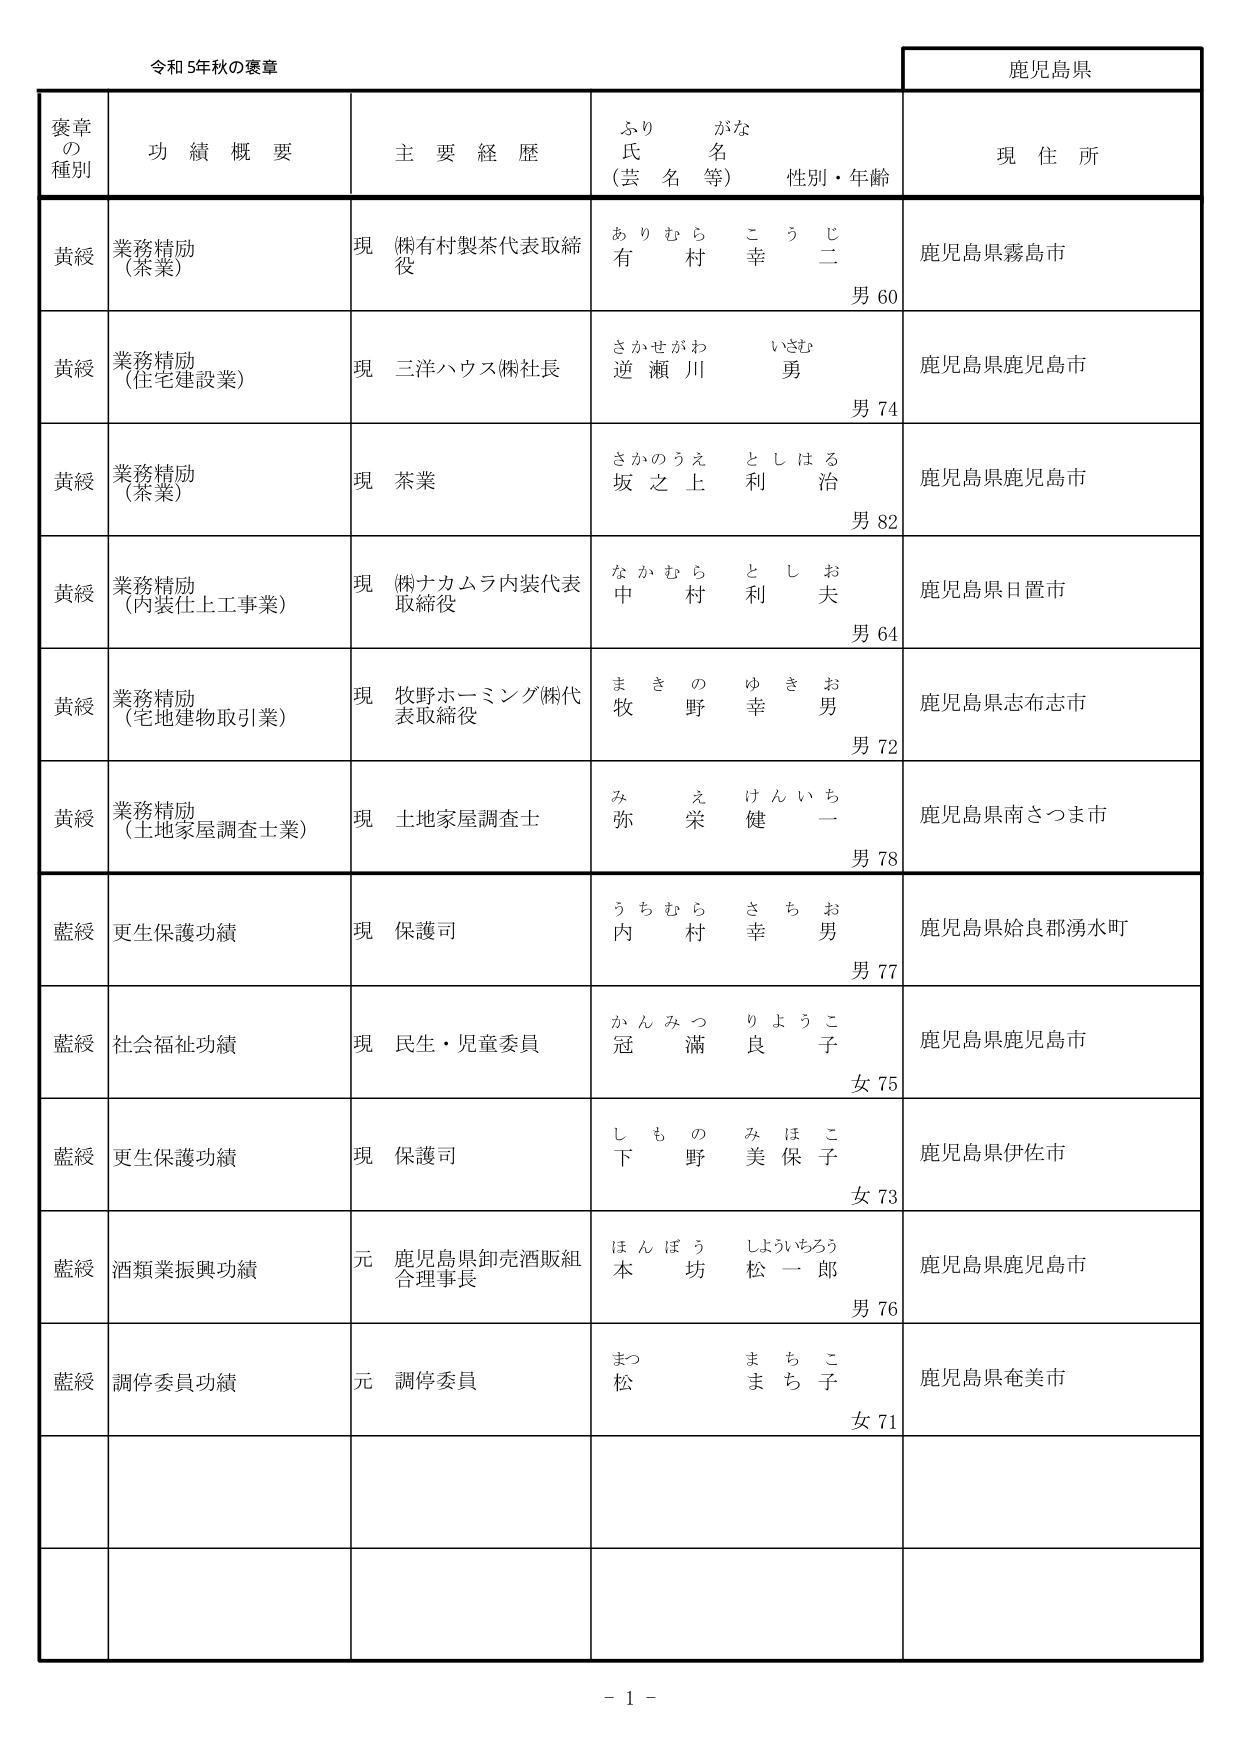
令和5年秋の褒章
鹿児島県
褒章の種別
功績概要
主要経歴
ふりがな
氏名等
性別・年齢
現住所
黄綬
業務精励（茶業）
現 ㈱有村製茶代表取締役
ありむら こうじ
有村 幸二
男 60
鹿児島県霧島市
黄綬
業務精励（住宅建設業）
現 三洋ハウス㈱社長
さかせがわ いさむ
逆瀬川 勇
男 74
鹿児島県鹿児島市
黄綬
業務精励（茶業）
現 茶業
さかのうえ としはる
坂之上 利治
男 82
鹿児島県鹿児島市
黄綬
業務精励（内装仕上工事業）
現 ㈱ナカムラ内装代表取締役
なかむら としお
中村 利夫
男 64
鹿児島県日置市
黄綬
業務精励（宅地建物取引業）
現 牧野ホーミング㈱代表取締役
まきの ゆきお
牧野 幸男
男 72
鹿児島県志布志市
黄綬
業務精励（土地家屋調査士業）
現 土地家屋調査士
みえ けんいち
弥栄 健一
男 78
鹿児島県南さつま市
藍綬
更生保護功績
現 保護司
うちむら さちお
内村 幸男
男 77
鹿児島県姶良郡湧水町
藍綬
社会福祉功績
現 民生・児童委員
かんみつ りようこ
冠満 良子
女 75
鹿児島県鹿児島市
藍綬
更生保護功績
現 保護司
しもの みほこ
下野 美保子
女 73
鹿児島県伊佐市
藍綬
酒類業振興功績
元 鹿児島県卸売酒販組合理事長
ほんぼう しょいちろう
本坊 松一郎
男 76
鹿児島県鹿児島市
藍綬
調停委員功績
元 調停委員
まつ まちこ
松 まち子
女 71
鹿児島県奄美市
- 1 -